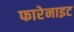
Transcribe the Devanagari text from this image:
फारेनाइट